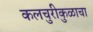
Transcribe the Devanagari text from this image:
कलचुरीकुळाचा